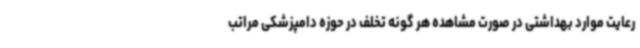
رعایت موارد بهداشتی در صورت مشاهده هر گونه تخلف در حوزه دامپزشکی مراتب